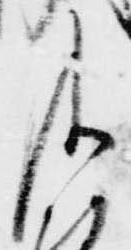
及